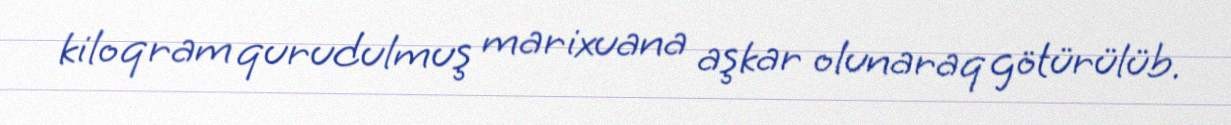
kiloqram qurudulmuş marixuana aşkar olunaraq götürülüb.